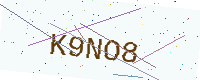
Text: K9NO8